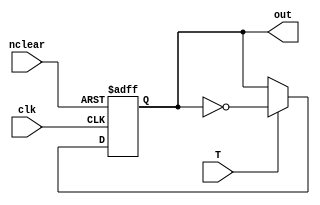
module flipflopT(
	input T,
	input nclear,
	
	output reg out,
	
	input clk
);
	
	always @(posedge clk or negedge nclear) begin
		
		if (!nclear) begin out <= 1'b0 ;end
		
		else begin		
		
			if (T == 1'b1) begin out <= ~out; end
			else begin out <= out; end
			
		end
		
	end

endmodule